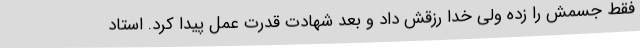
فقط جسمش را زده ولی خدا رزقش داد و بعد شهادت قدرت عمل پیدا کرد. استاد